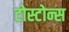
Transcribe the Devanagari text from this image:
टोस्टोन्स